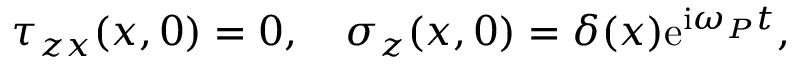
\tau _ { z x } ( x , 0 ) = 0 , \quad \sigma _ { z } ( x , 0 ) = \delta ( x ) \mathrm { e } ^ { \mathrm { i } \omega _ { P } t } ,